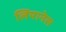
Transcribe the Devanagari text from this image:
लियानेस